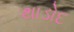
થાડોદ